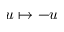
u \mapsto - u